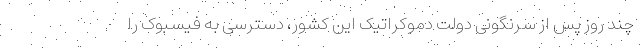
چند روز پس از سرنگونی دولت دموکراتیک این کشور، دسترسی به فیسبوک را